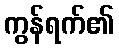
ကွန်ရက်၏